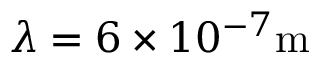
\lambda = 6 \times 1 0 ^ { - 7 } \mathrm { m }